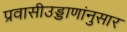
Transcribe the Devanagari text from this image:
प्रवासीउड्डाणांनुसार